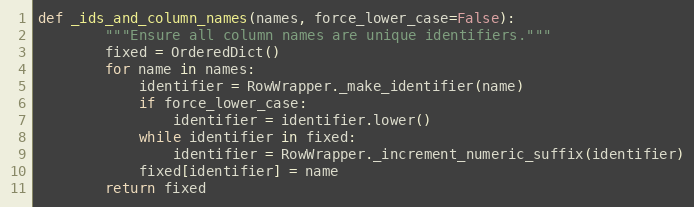
Language: Python
def _ids_and_column_names(names, force_lower_case=False):
        """Ensure all column names are unique identifiers."""
        fixed = OrderedDict()
        for name in names:
            identifier = RowWrapper._make_identifier(name)
            if force_lower_case:
                identifier = identifier.lower()
            while identifier in fixed:
                identifier = RowWrapper._increment_numeric_suffix(identifier)
            fixed[identifier] = name
        return fixed